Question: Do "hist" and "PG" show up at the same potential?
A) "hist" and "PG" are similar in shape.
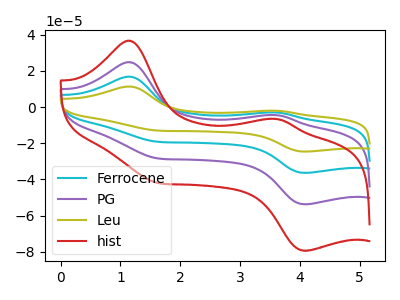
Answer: <think>The cyan curve "Ferrocene" has anodic peaks at (1.10V, 49.65uA) (3.60V, -8.90uA) and cathodic peaks at (1.60V, -56.55uA) (4.10V, -107.50uA). The purple curve "PG" has anodic peaks at (1.10V, 24.85uA) (3.60V, -4.45uA) and cathodic peaks at (1.60V, -28.30uA) (4.10V, -53.75uA). The olive curve "Leu" has anodic peaks at (1.10V, 74.50uA) (3.60V, -13.35uA) and cathodic peaks at (1.60V, -84.85uA) (4.10V, -161.25uA). The red curve "hist" has anodic peaks at (1.10V, 36.70uA) (3.60V, -6.60uA) and cathodic peaks at (1.60V, -41.80uA) (4.10V, -79.40uA).
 All the peaks in "hist" have a peak in "PG" at the same potential.</think>
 <answer>A) "hist" and "PG" are similar in shape.</answer>
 <eval>A</eval>